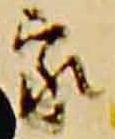
家